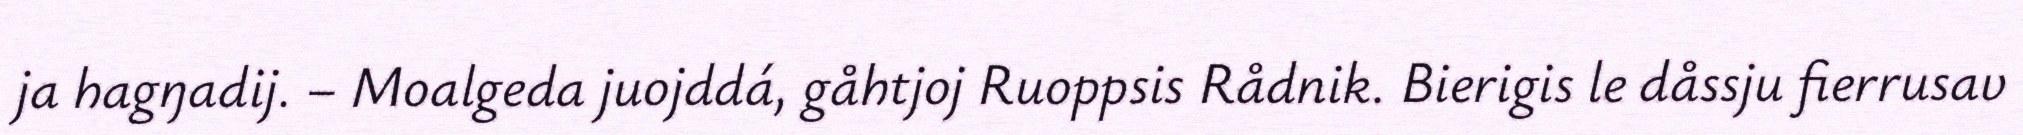
ja hagŋadij. – Moalgeda juojddá, gåhtjoj Ruoppsis Rådnik. Bierigis le dåssju fierrusav